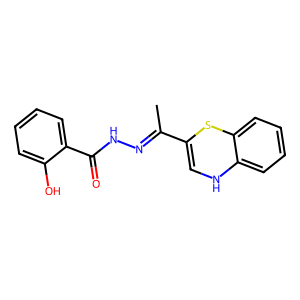
SMILES: CC(=NNC(=O)c1ccccc1O)C1=CNc2ccccc2S1
Inhibits HIV replication: No